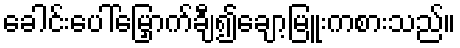
ခေါင်းပေါ်မြှောက်ချီ၍ချော့မြူးကစားသည်။